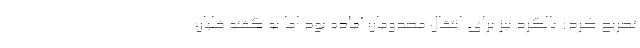
تصریح کرد: بالگرد نیز برای انتقال مصدومان آماده بود اما به گفته خلبان